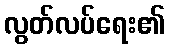
လွတ်လပ်ရေး၏